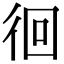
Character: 徊